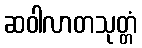
ဆဝါလာတသုတ္တံ